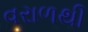
વરાળથી